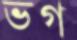
ভগ